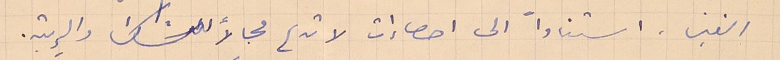
الغبن. استناداً الى احصاإت لا تدع مجالاً للشك والريبة.